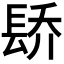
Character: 𬮄